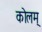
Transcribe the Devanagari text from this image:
कोलम्